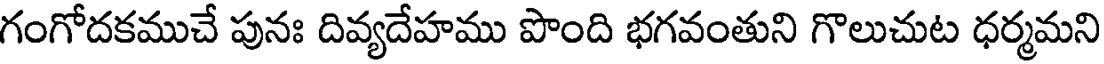
గంగోదకముచే పునః దివ్యదేహము పొంది భగవంతుని గొలుచుట ధర్మమని